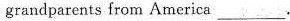
grandparents from Americ___.